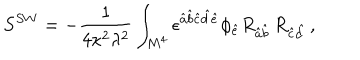
S ^ { S W } = - \frac { 1 } { 4 \kappa ^ { 2 } \lambda ^ { 2 } } \int _ { M ^ { 4 } } \epsilon ^ { \hat { a } \hat { b } \hat { c } \hat { d } \hat { e } } \phi _ { \hat { e } } R _ { \hat { a } \hat { b } } \, R _ { \hat { c } \hat { d } } \, ,